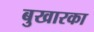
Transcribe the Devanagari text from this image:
बुखारका